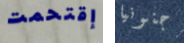
إقتحمت جنونيا